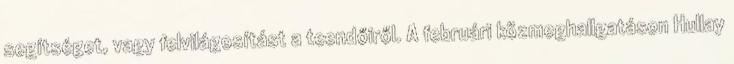
segítséget, vagy felvilágosítást a teendőiről. A februári közmeghallgatáson Hullay